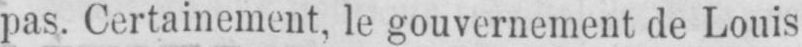
pas. Certainement, le gouvernement de Louis